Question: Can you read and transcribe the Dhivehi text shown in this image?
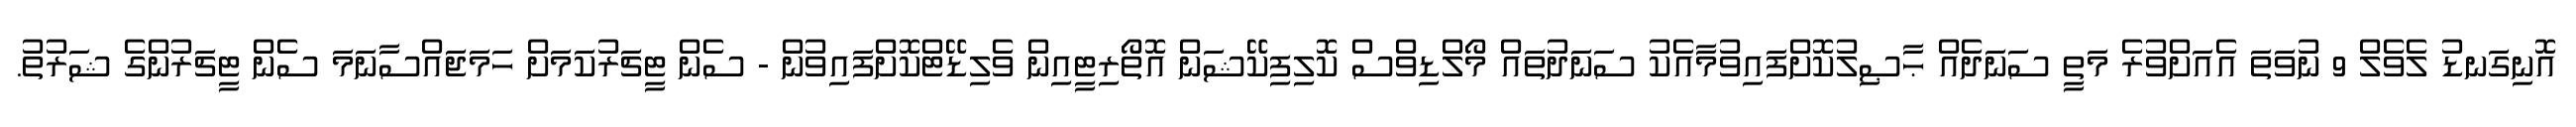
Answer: އޮނިގަނޑު ލެވެލް 9 ނުވަތަ އެއަށްވުރެ މަތީ ސަނަދެއް ޙާޞިލުކޮށްފައިވުމާއެކު ސަނަދުތައް މޯލްޑިވްސް ކޮލިފިކޭޝަން އޮތޯރިޓީއިން ވެލިޑޭޓްކޮށްފައިވުން - ސެން ޓީޗަރުކަމަށް ހަމަޖައްސާނަމަ ސެން ޓީޗަރުންގެ ޝަރުތު.